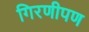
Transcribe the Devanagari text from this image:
गिरणीपण